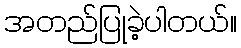
အတည်ပြုခဲ့ပါတယ်။